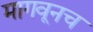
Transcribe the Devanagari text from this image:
मागवूनच